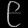
Digit: ၉